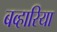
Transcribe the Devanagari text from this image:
बव्हारिया